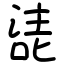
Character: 㗟